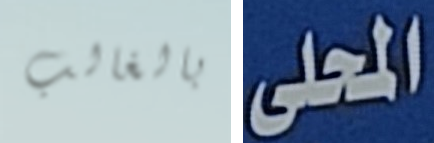
بالغالب المحلى